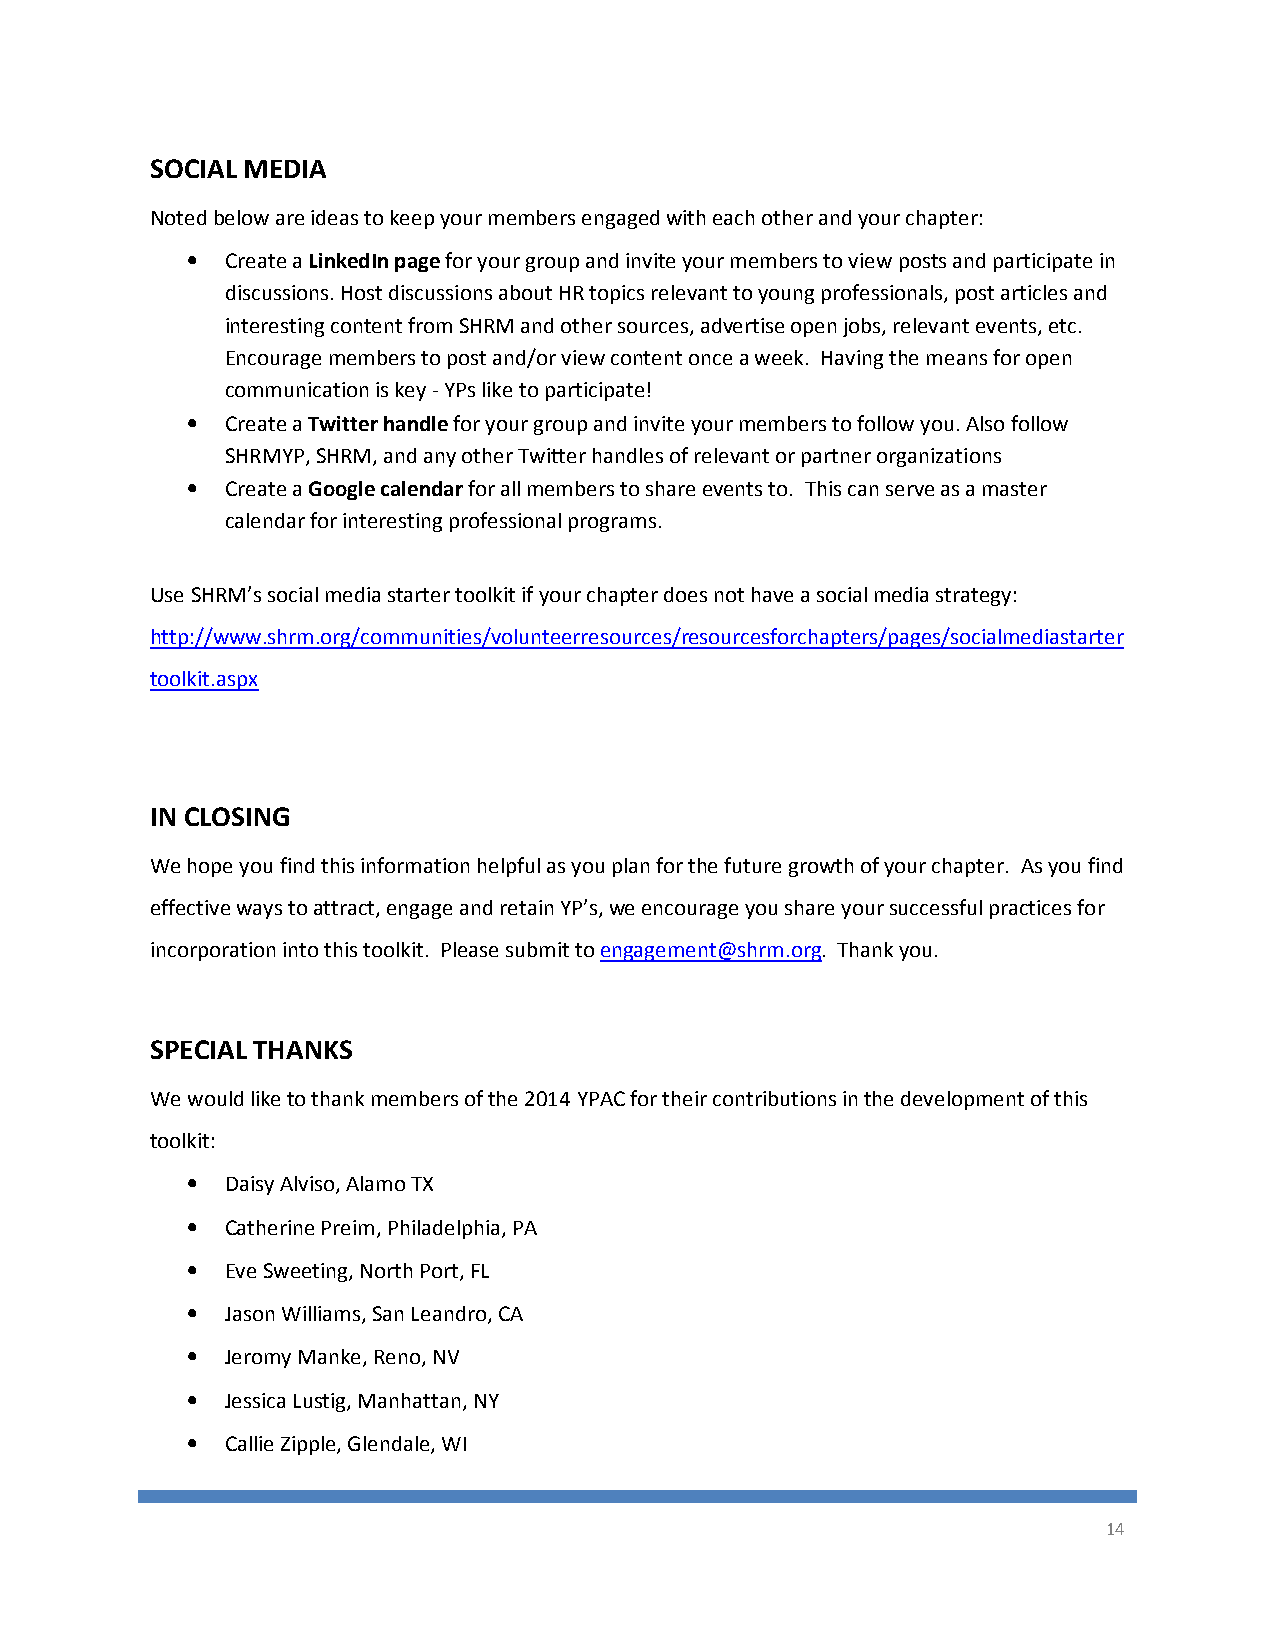
SOCIAL MEDIA
 Noted below are ideas to keep your members engaged with each other and your chapter:
 •  Create a LinkedIn page for your group and invite your members to view posts and participate in
 discussions. Host discussions about HR topics relevant to young professionals, post articles and
 interesting content from SHRM and other sources, advertise open jobs, relevant events, etc.
 Encourage members to post and/or view content once a week. Having the means for open
 communication is key - YPs like to participate!
 •  Create a Twitter handle for your group and invite your members to follow you. Also follow
 SHRMYP, SHRM, and any other Twitter handles of relevant or partner organizations
 •  Create a Google calendar for all members to share events to. This can serve as a master
 calendar for interesting professional programs.
 Use SHRM’s social media starter toolkit if your chapter does not have a social media strategy:
 http://www.shrm.org/communities/volunteerresources/resourcesforchapters/pages/socialmediastarter
 toolkit.aspx
 IN CLOSING
 We hope you find this information helpful as you plan for the future growth of your chapter. As you find
 effective ways to attract, engage and retain YP’s, we encourage you share your successful practices for
 incorporation into this toolkit. Please submit to engagement@shrm.org. Thank you.
 SPECIAL THANKS
 We would like to thank members of the 2014 YPAC for their contributions in the development of this
 toolkit:
 •  Daisy Alviso, Alamo TX
 •  Catherine Preim, Philadelphia, PA
 •  Eve Sweeting, North Port, FL
 •  Jason Williams, San Leandro, CA
 •  Jeromy Manke, Reno, NV
 •  Jessica Lustig, Manhattan, NY
 •  Callie Zipple, Glendale, WI
 14